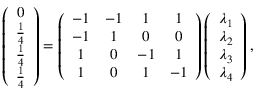
\left( \begin{array} { c } { 0 } \\ { \frac { 1 } { 4 } } \\ { \frac { 1 } { 4 } } \\ { \frac { 1 } { 4 } } \end{array} \right) = \left( \begin{array} { c c c c } { - 1 } & { - 1 } & { 1 } & { 1 } \\ { - 1 } & { 1 } & { 0 } & { 0 } \\ { 1 } & { 0 } & { - 1 } & { 1 } \\ { 1 } & { 0 } & { 1 } & { - 1 } \end{array} \right) \left( \begin{array} { c } { \lambda _ { 1 } } \\ { \lambda _ { 2 } } \\ { \lambda _ { 3 } } \\ { \lambda _ { 4 } } \end{array} \right) ,